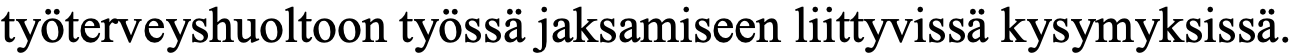
työterveyshuoltoon työssä jaksamiseen liittyvissä kysymyksissä.